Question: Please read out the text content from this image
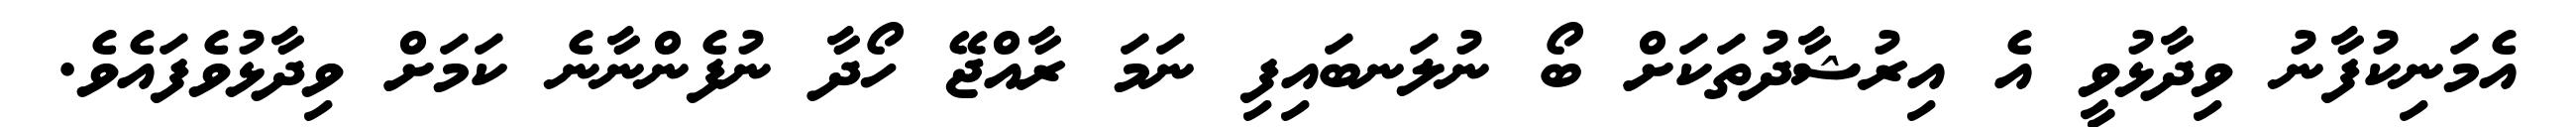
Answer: އެމަނިކުފާނު ވިދާޅުވީ އެ އިރުޝާދުތަކަށް ބޯ ނުލަނބައިފި ނަމަ ރާއްޖޭ ހޯދާ ނުފެންނާނެ ކަމަށް ވިދާޅުވެފައެވެ.